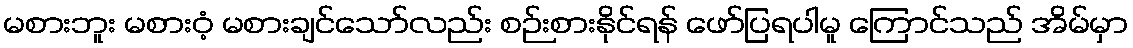
မစားဘူး မစားဝံ့ မစားချင်သော်လည်း စဉ်းစားနိုင်ရန် ဖော်ပြရပါမူ ကြောင်သည် အိမ်မှာ